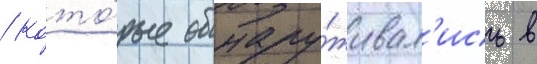
/ кото́рые обнару́живал'ись в